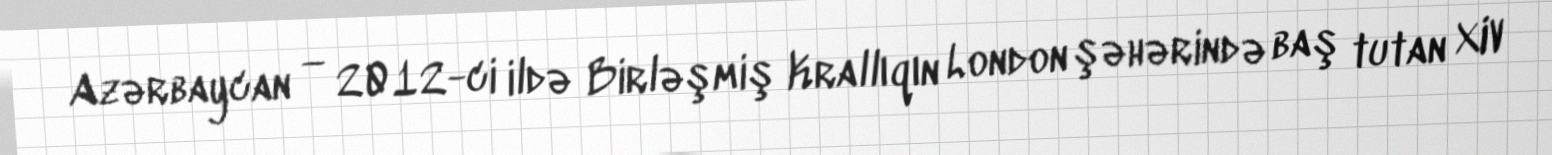
Azərbaycan — 2012-ci ildə Birləşmiş Krallıqın London şəhərində baş tutan XIV